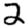
Digit: 2